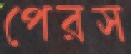
পেরস